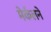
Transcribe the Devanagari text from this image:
मेर्कलने